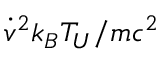
\dot { v } ^ { 2 } k _ { B } T _ { U } / m c ^ { 2 }